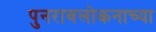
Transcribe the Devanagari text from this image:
पुनरावलोकनाच्या